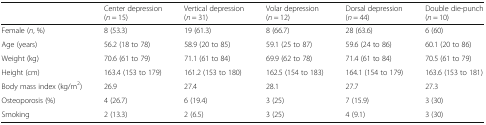
<table><thead><tr><td></td><td><b>Center depression (<i>n</i> = 15)</b></td><td><b>Vertical depression (<i>n</i> = 31)</b></td><td><b>Volar depression (<i>n</i> = 12)</b></td><td><b>Dorsal depression (<i>n</i> = 44)</b></td><td><b>Double die-punch (<i>n</i> = 10)</b></td></tr></thead><tbody><tr><td>Female (<i>n</i>, %)</td><td>8 (53.3)</td><td>19 (61.3)</td><td>8 (66.7)</td><td>28 (63.6)</td><td>6 (60)</td></tr><tr><td>Age (years)</td><td>56.2 (18 to 78)</td><td>58.9 (20 to 85)</td><td>59.1 (25 to 87)</td><td>59.6 (24 to 86)</td><td>60.1 (20 to 86)</td></tr><tr><td>Weight (kg)</td><td>70.6 (61 to 79)</td><td>71.1 (61 to 84)</td><td>69.9 (62 to 78)</td><td>71.4 (61 to 84)</td><td>70.5 (61 to 79)</td></tr><tr><td>Height (cm)</td><td>163.4 (153 to 179)</td><td>161.2 (153 to 180)</td><td>162.5 (154 to 183)</td><td>164.1 (154 to 179)</td><td>163.6 (153 to 181)</td></tr><tr><td>Body mass index (kg/m<sup>2</sup>)</td><td>26.9</td><td>27.4</td><td>28.1</td><td>27.7</td><td>27.3</td></tr><tr><td>Osteoporosis (%)</td><td>4 (26.7)</td><td>6 (19.4)</td><td>3 (25)</td><td>7 (15.9)</td><td>3 (30)</td></tr><tr><td>Smoking</td><td>2 (13.3)</td><td>2 (6.5)</td><td>3 (25)</td><td>4 (9.1)</td><td>3 (30)</td></tr></tbody></table>